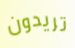
تريدون